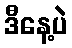
ဒီနေ့ပဲ